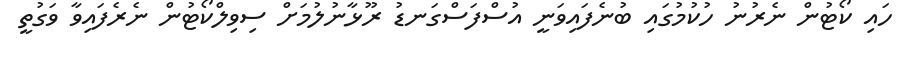
ހައި ކޯޓުން ނެރުނު ހުކުމުގައި ބުނެފައިވަނީ އުސްފަސްގަނޑު ރޫޅާނުލުމަށް ސިވިލްކޯޓުން ނެރެފައިވާ ވަގުތީ